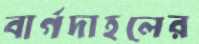
বার্গদাহলের